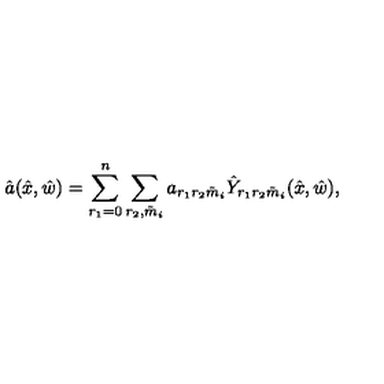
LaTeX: \hat { a } ( \hat { x } , \hat { w } ) = \sum _ { r _ { 1 } = 0 } ^ { n } \sum _ { r _ { 2 } , \tilde { m } _ { i } } a _ { r _ { 1 } r _ { 2 } \tilde { m } _ { i } } \hat { Y } _ { r _ { 1 } r _ { 2 } \tilde { m } _ { i } } ( \hat { x } , \hat { w } ) ,